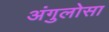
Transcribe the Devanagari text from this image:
अंगुलोसा